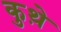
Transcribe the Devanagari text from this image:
कुथ़े